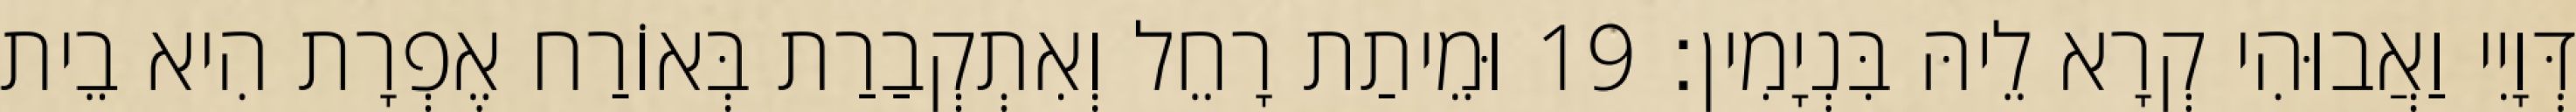
דְּוָיִי וַאֲבוּהִי קְרָא לֵיהּ בִּנְיָמִין׃ 19 וּמֵיתַת רָחֵל וְאִתְקְבַרַת בְּאוֹרַח אֶפְרָת הִיא בֵית